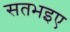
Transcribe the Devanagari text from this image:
सतभइए